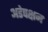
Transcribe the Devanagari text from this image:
अडेपक्षन